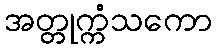
အတ္တုက္ကံသကော